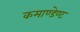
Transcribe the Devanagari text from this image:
कमाण्डेण्ट